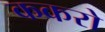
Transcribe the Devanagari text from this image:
ककरो